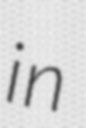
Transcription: in